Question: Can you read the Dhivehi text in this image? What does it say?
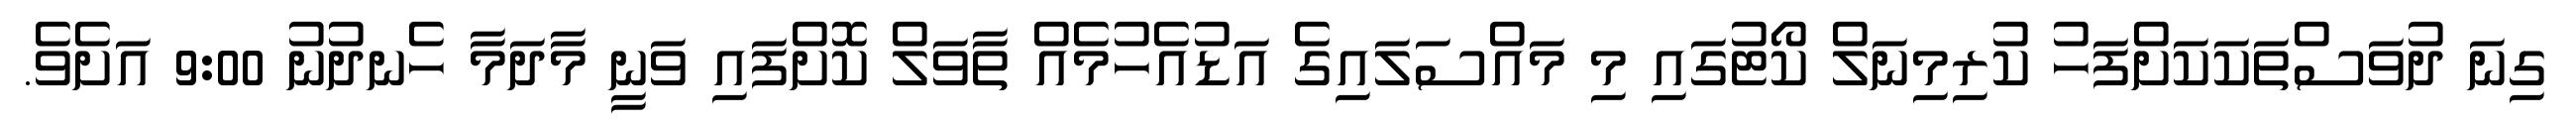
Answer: ގިނަ ދުވަސްތަކަކަށްފަހު ކުރިމިނަލް ކޯޓުގައި މި މައްސަލައިގެ އަޑުއެހުމެއް ތާވަލް ކޮށްފައި ވަނީ މާދަމާ ހެނދުނު 9:00 އަށެވެ.